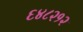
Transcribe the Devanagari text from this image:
६४८२१२